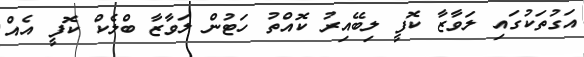
އަގުތަކުގައި ލަވާޒާ ކޮފީ ލިބޭއިރު ކޮއްތު ހަޓުން ލަވާޒާ ބްލެކް ކޮފީ އެއް